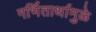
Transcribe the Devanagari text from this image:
गर्भितार्थामुळे